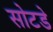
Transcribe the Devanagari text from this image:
सोटडे